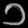
Digit: ၁